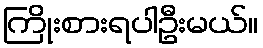
ကြိုးစားရပါဦးမယ်။